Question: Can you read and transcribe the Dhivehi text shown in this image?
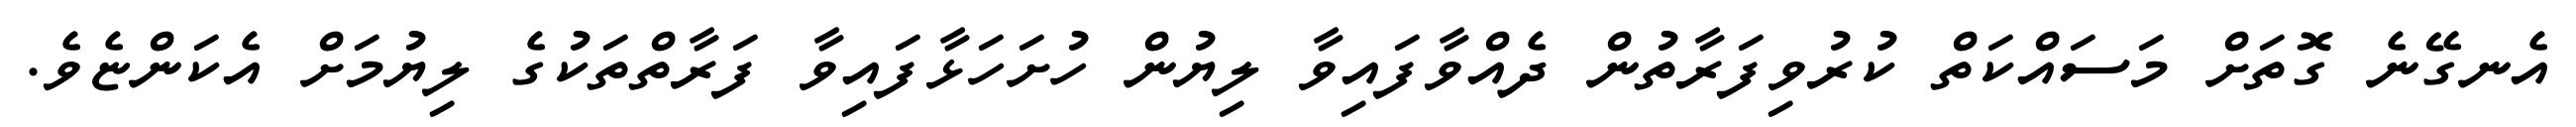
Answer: އެނގޭނެ ގޮތަށް މަސައްކަތް ކުރުވިފަރާތުން ދެއްވާފައިވާ ލިޔުން ހުށަހަޅާފައިވާ ފަރާތްތަކުގެ ލިޔުމަށް އެކަންޏެވެ.